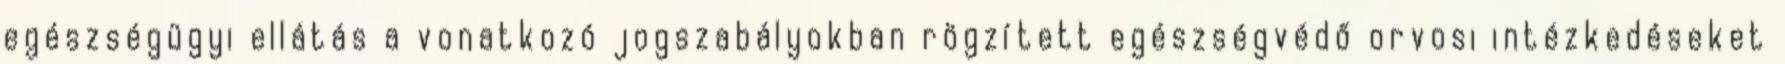
egészségügyi ellátás a vonatkozó jogszabályokban rögzített egészségvédő orvosi intézkedéseket